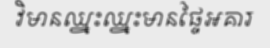
វិមានឈ្នះឈ្នះមានផ្ទៃអគារ